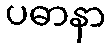
ပဓာနာ